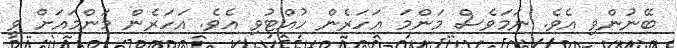
ބޭނުންވި އެވެ. ނަމަވެސް މަންމަ އަހަރެން ހުއްޓުވި އެވެ. އަހަރެން މަންމައަށް ވީ